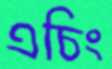
এচিং